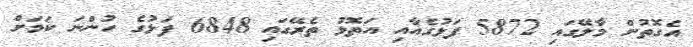
އެގޮތުން މާލޭގައި 5872 ފަޅުގެއާއި އަތޮޅު ތެރޭގައި 6848 ފަޅުގެ ހުންނަ ކަމަށް